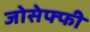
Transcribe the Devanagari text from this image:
जोसेफ्फी